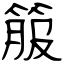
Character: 箙